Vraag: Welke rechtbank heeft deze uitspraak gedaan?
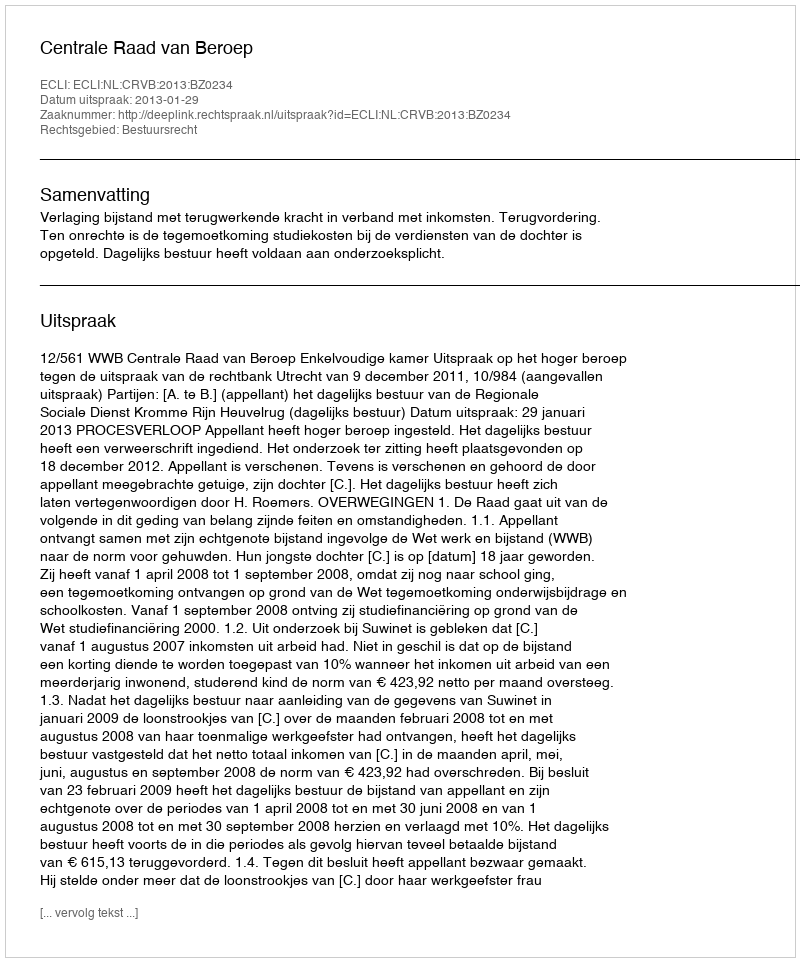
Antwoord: Centrale Raad van Beroep